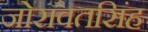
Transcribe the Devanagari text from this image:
जोरावतसिंह